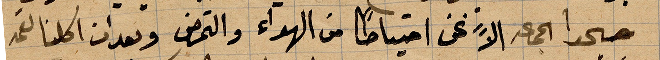
حجر الجمعة الا نحن احتياطًا من الهواء والتمرض وبعد ان اكلنا القمح